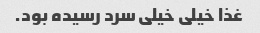
غذا خیلی خیلی سرد رسیده بود.